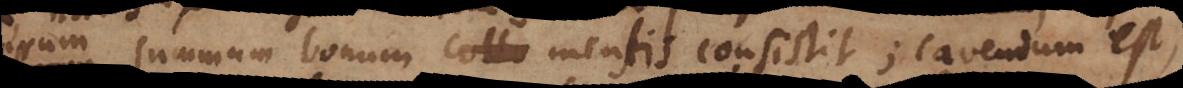
verum summum bonum mentis consistit; cavendum est,